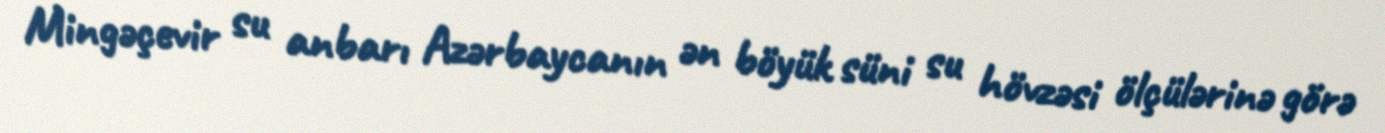
Mingəçevir su anbarı Azərbaycanın ən böyük süni su hövzəsi ölçülərinə görə